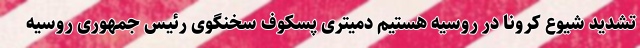
تشدید شیوع کرونا در روسیه هستیم دمیتری پسکوف سخنگوی رئیس جمهوری روسیه